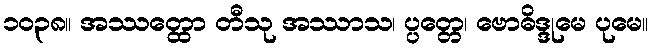
၁၀၃၈။ အဿတ္ထော တီသု အဿာသ၊ ပ္ပတ္တေ၊ ဗောဓိဒ္ဒုမေ ပုမေ။